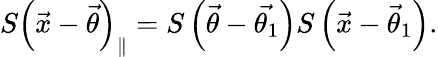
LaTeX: S\left(\vec{x}-\vec{\theta}\right)_{\parallel}=S\left(\vec{\theta}-\vec{\theta_{1}}\right)S\left(\vec{x}-\vec{\theta}_{1}\right).